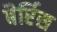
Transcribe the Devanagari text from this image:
बैर्रिस